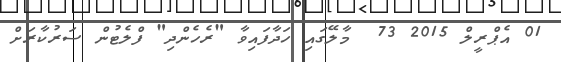
01 އެޕްރީލް 2015 73  މާލޭގައި ހަދާފައިވާ "ރެހެންދި" ފްލެޓުން ސަރުކާރަށް